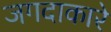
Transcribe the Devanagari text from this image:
जगदाकारे